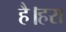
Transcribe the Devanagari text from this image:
है।हरा